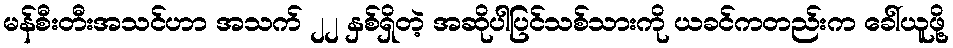
မန်စီးတီးအသင်ဟာ အသက် ၂၂ နှစ်ရှိတဲ့ အဆိုပါပြင်သစ်သားကို ယခင်ကတည်းက ခေါ်ယူဖို့